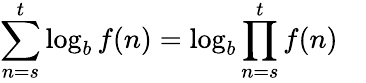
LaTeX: \sum_{n=s}^{t}\log_{b}f(n)=\log_{b}\prod_{n=s}^{t}f(n)\quad